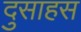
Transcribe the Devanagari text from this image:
दुसाहस